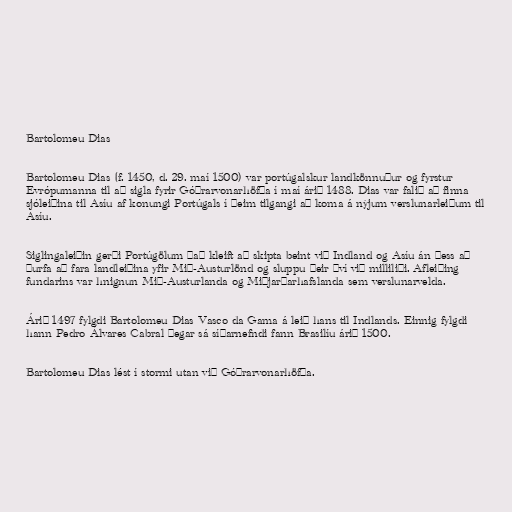
Bartolomeu Dias

Bartolomeu Dias (f. 1450, d. 29. maí 1500) var portúgalskur landkönnuður og fyrstur
Evrópumanna til að sigla fyrir Góðrarvonarhöfða í maí árið 1488. Dias var falið að finna
sjóleiðina til Asíu af konungi Portúgals í þeim tilgangi að koma á nýjum verslunarleiðum til
Asíu.

Siglingaleiðin gerði Portúgölum það kleift að skipta beint við Indland og Asíu án þess að
þurfa að fara landleiðina yfir Mið-Austurlönd og sluppu þeir því við milliliði. Afleiðing
fundarins var hnignun Mið-Austurlanda og Miðjarðarhafslanda sem verslunarvelda.

Árið 1497 fylgdi Bartolomeu Dias Vasco da Gama á leið hans til Indlands. Einnig fylgdi
hann Pedro Álvares Cabral þegar sá síðarnefndi fann Brasilíu árið 1500.

Bartolomeu Dias lést í stormi utan við Góðrarvonarhöfða.